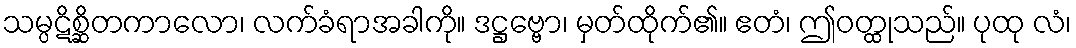
သမ္ပဋိစ္ဆိတကာလော၊ လက်ခံရာအခါကို။ ဒဋ္ဌဗ္ဗော၊ မှတ်ထိုက်၏။ ဧတံ၊ ဤဝတ္ထုသည်။ ပုထု လံ၊